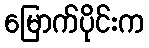
မြောက်ပိုင်းက